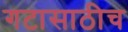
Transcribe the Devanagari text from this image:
गटासाठीच